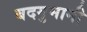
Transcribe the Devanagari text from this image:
बदगुमानी